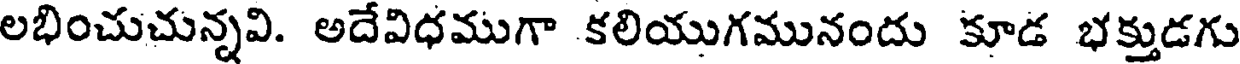
లభించుచున్నవి. అదేవిధముగా కలియుగమునందు కూడ భక్తుడగు